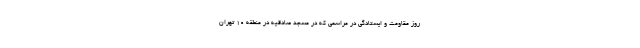
روز مقاومت و ایستادگی در مراسمی که در مسجد صادقیه در منطقه ۱۰ تهران